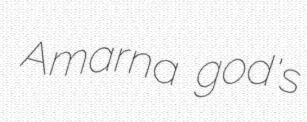
Amarna god's